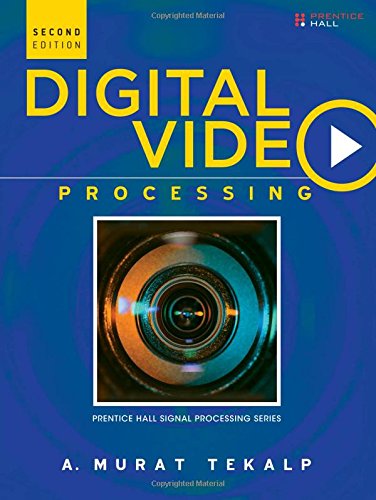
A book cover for Digital Video Processing (2nd Edition) (Prentice Hall Signal Processing Series); A. Murat Tekalp; Computers & Technology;